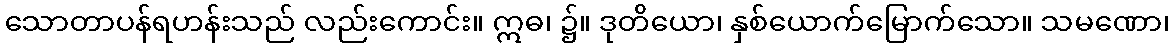
သောတာပန်ရဟန်းသည် လည်းကောင်း။ ဣဓ၊ ၌။ ဒုတိယော၊ နှစ်ယောက်မြောက်သော။ သမဏော၊